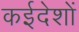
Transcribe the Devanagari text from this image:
कईदेशों